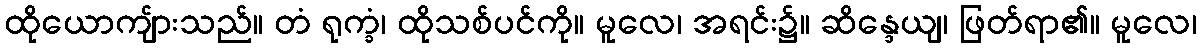
ထိုယောကျ်ားသည်။ တံ ရုက္ခံ၊ ထိုသစ်ပင်ကို။ မူလေ၊ အရင်း၌။ ဆိန္ဒေယျ၊ ဖြတ်ရာ၏။ မူလေ၊